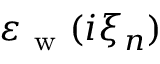
\varepsilon _ { \mathrm { ~ w ~ } } ( i \xi _ { n } )